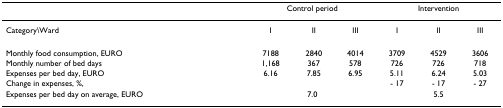
<table><thead><tr><td></td><td colspan="3"><b>Control period</b></td><td colspan="3"><b>Intervention</b></td></tr></thead><tbody><tr><td>Category\Ward</td><td>I</td><td>II</td><td>III</td><td>I</td><td>II</td><td>III</td></tr><tr><td>Monthly food consumption, EURO</td><td>7188</td><td>2840</td><td>4014</td><td>3709</td><td>4529</td><td>3606</td></tr><tr><td>Monthly number of bed days</td><td>1,168</td><td>367</td><td>578</td><td>726</td><td>726</td><td>718</td></tr><tr><td>Expenses per bed day, EURO</td><td>6.16</td><td>7.85</td><td>6.95</td><td>5.11</td><td>6.24</td><td>5.03</td></tr><tr><td>Change in expenses, %,</td><td></td><td></td><td></td><td>- 17</td><td>- 17</td><td>- 27</td></tr><tr><td>Expenses per bed day on average, EURO</td><td colspan="3">7.0</td><td colspan="3">5.5</td></tr></tbody></table>